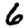
Digit: 6